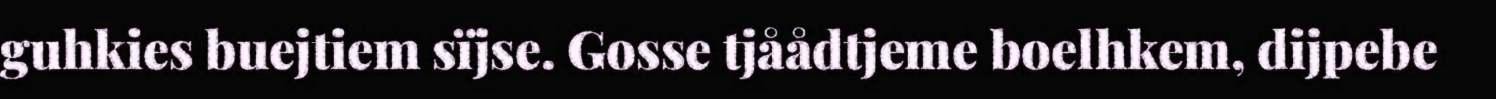
guhkies buejtiem sïjse. Gosse tjåådtjeme boelhkem, dijpebe